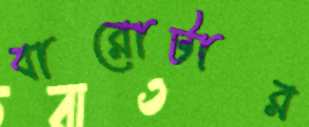
বারোটার